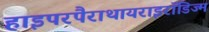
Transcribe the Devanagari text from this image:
हाइपरपैराथायराइरॉडिज्म